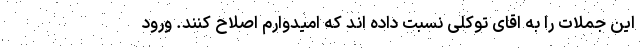
این جملات را به اقای توکلی نسبت داده اند که امیدوارم اصلاح کنند. ورود